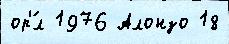
ор'́л 1976 Алонзо 18